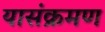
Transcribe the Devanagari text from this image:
यासंक्रमण